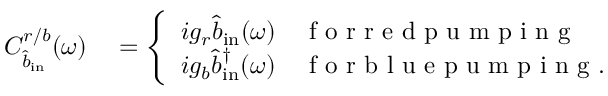
\begin{array} { r l } { C _ { \hat { b } _ { \mathrm { i n } } } ^ { r / b } ( \omega ) } & { { } = \left\{ \begin{array} { l l } { i g _ { r } \hat { b } _ { \mathrm { i n } } ( \omega ) } & { \mathrm { ~ f ~ o ~ r ~ r ~ e ~ d ~ p ~ u ~ m ~ p ~ i ~ n ~ g ~ } } \\ { i g _ { b } \hat { b } _ { \mathrm { i n } } ^ { \dagger } ( \omega ) } & { \mathrm { ~ f ~ o ~ r ~ b ~ l ~ u ~ e ~ p ~ u ~ m ~ p ~ i ~ n ~ g ~ . ~ } } \end{array} \right. } \end{array}